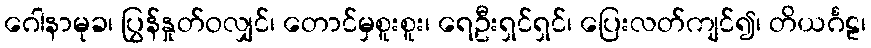
ဂေါနာမုခ၊ ပြွန်နှုတ်ဝလျှင်၊ တောင်မှစူးစူး၊ ရေဦးရှင်ရှင်၊ ပြေးလတ်ကျင်၍၊ တိယင်္ဂဠ၊